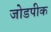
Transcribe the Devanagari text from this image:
जोडपीक